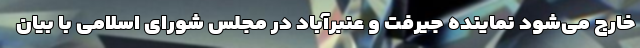
خارج می‌شود نماینده جیرفت و عنبرآباد در مجلس شورای اسلامی با بیان